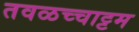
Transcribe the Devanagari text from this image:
तवळच्चाट्टम